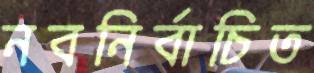
নবনির্বাচিত